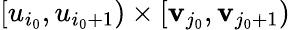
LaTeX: [u_{i_{0}},u_{i_{0}+1})\times[\mathbf{v}_{j_{0}},\mathbf{v}_{j_{0}+1})